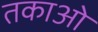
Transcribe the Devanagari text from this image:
तकाओ